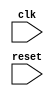
module timing_control_sync (
    input wire clk,
    input wire reset,
    // additional input and output ports as needed
    
    // define internal signals and registers
    
    // generate appropriate clock signals
    // handle signal delays
    // manage data handshaking protocols
    // handle timing variations
    // ensure data transfers occur within specified timing constraints
    
    // other necessary logic for timing control and synchronization
);

// implement the timing control and synchronization logic

endmodule